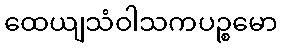
ထေယျသံဝါသကပဉ္စမော